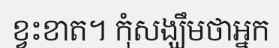
ខ្វះខាត។ កុំសង្ឃឹមថាអ្នក